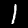
Label: 1